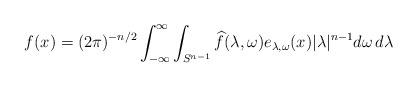
LaTeX: \begin{align*} f(x) = (2\pi)^{-n/2} \int_{-\infty}^\infty \int_{S^{n-1}} \widehat{f}(\lambda,\omega) e_{\lambda,\omega}(x) |\lambda|^{n-1} d\omega\, d\lambda \end{align*}